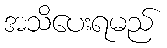
အသိပေးရမည်